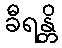
ခီရန္တိ